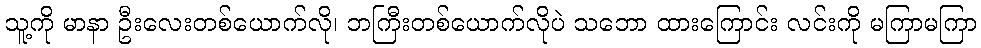
သူ့ကို မာနာ ဦးလေးတစ်ယောက်လို၊ ဘကြီးတစ်ယောက်လိုပဲ သဘော ထားကြောင်း လင်းကို မကြာမကြာ